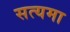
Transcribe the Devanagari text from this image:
सत्यमा